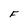
Character: F